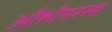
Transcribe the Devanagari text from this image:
औशीनरस्य